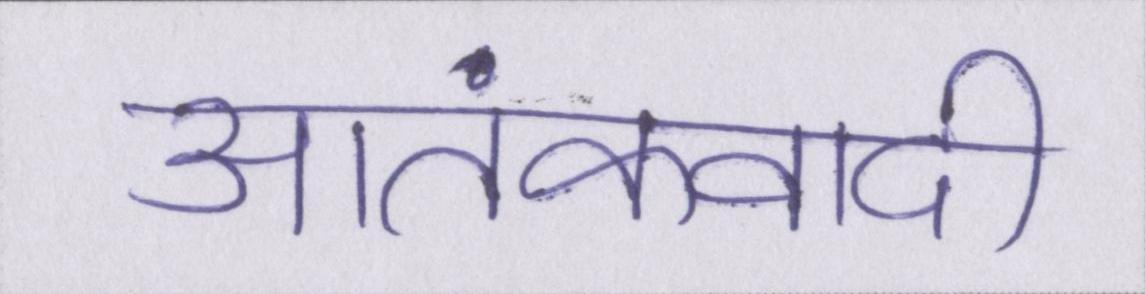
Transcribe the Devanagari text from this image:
आतंकवादी